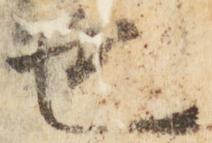
也